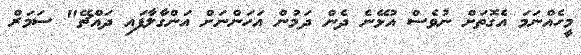
މީހެއްނަމަ އެގޮތަށް ނުވެސް އުޅޭނެ ދެން ދަމުން އަހަންނަށް އަންގާލާފައި ދައްޗޭ" ސަމަރް